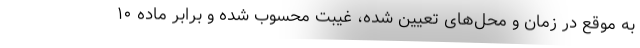
به موقع در زمان و محل‌های تعیین شده، غیبت محسوب شده و برابر ماده ۱۰